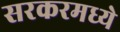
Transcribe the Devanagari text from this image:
सरकरमध्ये